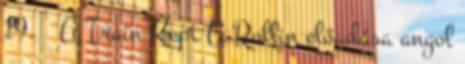
19. ↑ A Train Kept A Rollin előadása angol